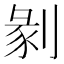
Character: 剶